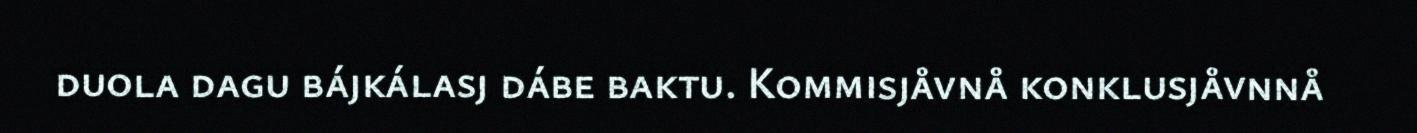
duola dagu bájkálasj dábe baktu. Kommisjåvnå konklusjåvnnå